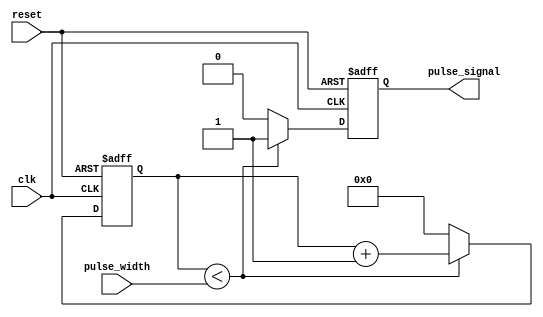
module VariablePulseWidthGenerator (
    input wire clk,          // Input clock signal
    input wire reset,        // Input reset signal
    input wire [7:0] pulse_width, // Input pulse width setting
    output reg pulse_signal   // Output pulse signal
);

reg [7:0] counter;             // Counter for generating the pulse signal

always @(posedge clk or posedge reset) begin
    if (reset) begin
        counter <= 8'b0;
        pulse_signal <= 1'b0;
    end else begin
        if (counter < pulse_width) begin
            counter <= counter + 1;
            pulse_signal <= 1'b1;
        end else begin
            counter <= 8'b0;
            pulse_signal <= 1'b0;
        end
    end
end

endmodule